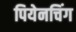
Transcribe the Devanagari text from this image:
पियेनचिंग